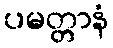
ပမတ္တာနံ